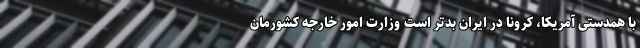
با همدستی آمریکا، کرونا در ایران بدتر است وزارت امور خارجه کشورمان